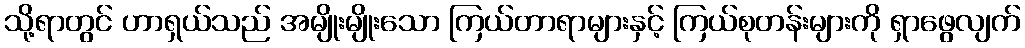
သို့ရာတွင် ဟာရှယ်သည် အမျိုးမျိုးသော ကြယ်တာရာများနှင့် ကြယ်စုတန်းများကို ရှာဖွေလျက်